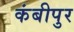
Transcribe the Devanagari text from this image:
कंबीपुर